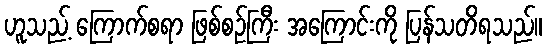
ဟူသည့် ကြောက်စရာ ဖြစ်စဉ်ကြီး အကြောင်းကို ပြန်သတိရသည်။